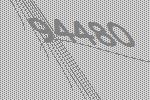
94480